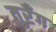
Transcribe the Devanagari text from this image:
तुरँग